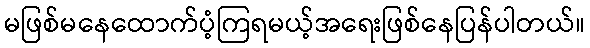
မဖြစ်မနေထောက်ပံ့ကြရမယ့်အရေးဖြစ်နေပြန်ပါတယ်။